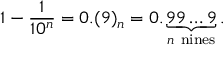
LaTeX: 1 - { \frac { 1 } { 1 0 ^ { n } } } = 0 . ( 9 ) _ { n } = 0 . \underbrace { 9 9 \ldots 9 } _ { n { \mathrm { ~ n i n e s } } } .